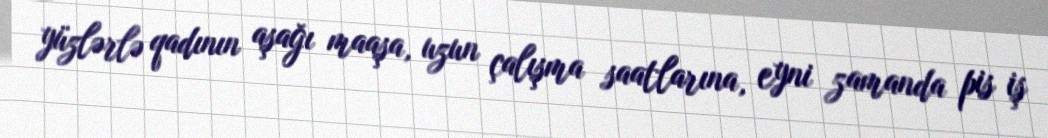
yüzlərlə qadının aşağı maaşa, uzun çalışma saatlarına, eyni zamanda pis iş